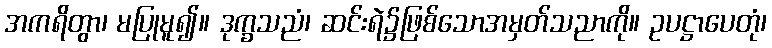
အကရိတွာ၊ မပြုမူ၍။ ဒုက္ခသညံ၊ ဆင်းရဲ၌ဖြစ်သောအမှတ်သညာကို။ ဥပဋ္ဌာပေတုံ၊